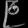
Digit: ၉